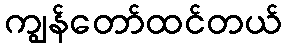
ကျွန်တော်ထင်တယ်